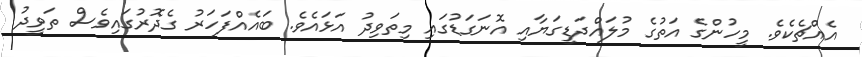
އެއްޗެކެވެ. މީހުންގެ އަތުގެ މުލައްދަޑީގަޔާއި އޮނަގަޑުގައި މިތަވިދު އަޅައެވެ. ބައެއްފަހަރު ގެދޮރުގައިވެސް ތަވީދު